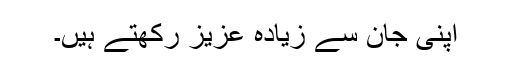
اپنی جان سے زیادہ عزیز رکھتے ہیں۔